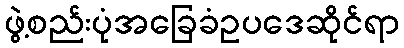
ဖွဲ့စည်းပုံအခြေခံဥပဒေဆိုင်ရာ